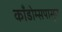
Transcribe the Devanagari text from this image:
काँडोम्सपासून